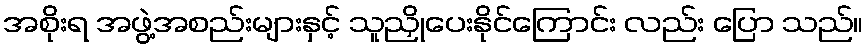
အစိုးရ အဖွဲ့အစည်းများနှင့် သူညှိုပေးနိုင်ကြောင်း လည်း ပြော သည်။